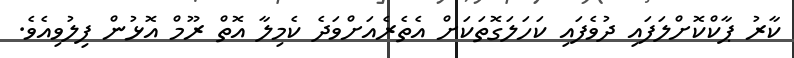
ކާރު ޕާކްކޮށްލަފައި ދުވެފައި ކަހަލަގޮތަކަށް އެތެރެއަށްވަދެ ކެމިލާ އޮތް ރޫމް އޮޅުން ފިލުވިއެވެ.